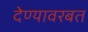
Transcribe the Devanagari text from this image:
देण्यावरबत